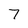
Character: 7